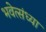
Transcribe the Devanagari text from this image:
भवेत्संध्या